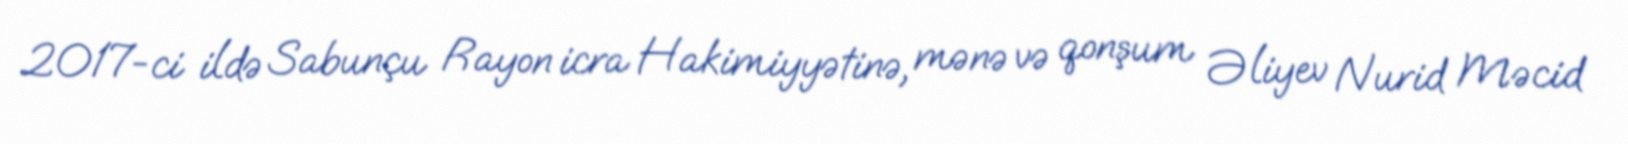
2017-ci ildə Sabunçu Rayon icra Hakimiyyətinə, mənə və qonşum Əliyev Nurid Məcid